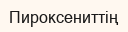
Пироксениттің